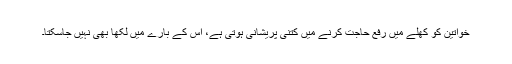
خواتین کو کھلے میں رفع حاجت کرنے میں کتنی پریشانی ہوتی ہے، اس کے بارے میں لکھا بھی نہیں جاسکتا۔